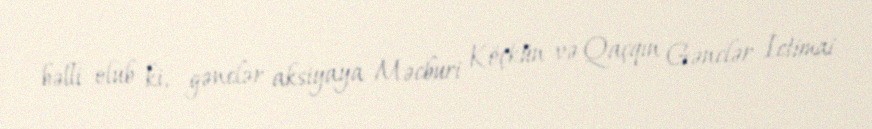
bəlli olub ki, gənclər aksiyaya Məcburi Köçkün və Qaçqın Gənclər İctimai